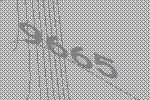
9665